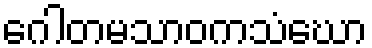
ဂေါတမသာဝကသံဃော